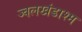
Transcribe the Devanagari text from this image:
ज्वलखंडाश्म